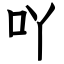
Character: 吖